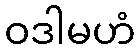
ဝဒါမဟံ